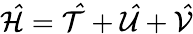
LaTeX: \mathcal{\hat{H}}=\mathcal{\hat{T}}+\mathcal{\hat{U}}+\mathcal{\hat{V}}